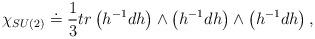
LaTeX: \begin{align*}\chi _{SU(2)}\doteq \frac{1}{3}tr\left( h^{-1}dh\right) \wedge \left(h^{-1}dh\right) \wedge \left( h^{-1}dh\right), \end{align*}